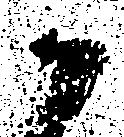
候